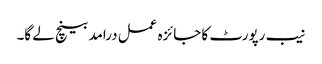
نیب رپورٹ کا جائزہ عمل درامد بینچ لے گا۔